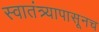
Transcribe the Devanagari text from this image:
स्वातंत्र्यापासूनच